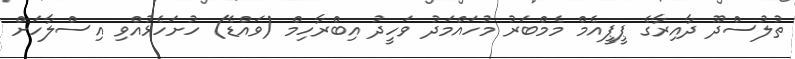
ތުލުސްދޫ ދާއިރާގެ ޕީޕީއެމް މެމްބަރު މުހައްމަދު ވަހީދު އިބްރާހިމް (ވައްޑެ) ހުށަހެޅުއްވި އިސްލާހަށް